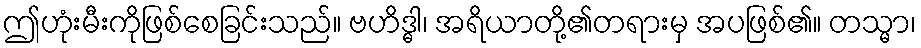
ဤဟုံးမီးကိုဖြစ်စေခြင်းသည်။ ဗဟိဒ္ဓါ၊ အရိယာတို့၏တရားမှ အပဖြစ်၏။ တသ္မာ၊